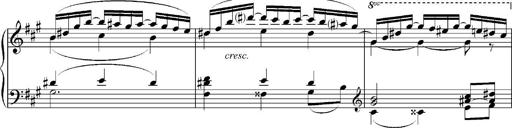
Title: Sonatina No.5
Composer: Otto Stoll
Key: F-sharp minor